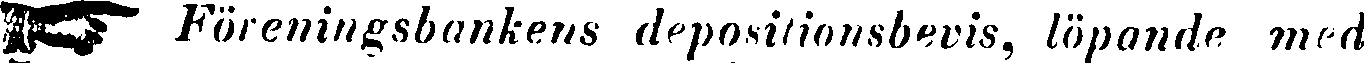
☛ Föreningsbankens depositionsbevis, löpande med